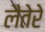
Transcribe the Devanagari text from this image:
लैतेरे